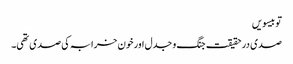
تو بیسویں
صدی در حقیقت جنگ و جدل اور خون خرابہ کی صدی تھی۔